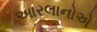
આરલાનોએ